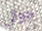
جولي